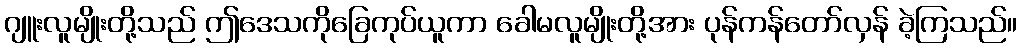
ဂျူးလူမျိုးတို့သည် ဤဒေသကိုခြေကုပ်ယူကာ ခေါမလူမျိုးတို့အား ပုန်ကန်တော်လှန် ခဲ့ကြသည်။